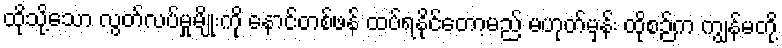
ထိုသို့သော လွတ်လပ်မှုမျိုးကို နောင်တစ်ဖန် ထပ်ရနိုင်တော့မည် မဟုတ်မှန်း ထိုစဉ်က ကျွန်မတို့